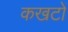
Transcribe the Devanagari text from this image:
कखटों